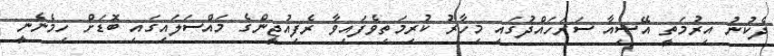
ދެކުނު އިރުމަތީ އޭޝިއާ ސަރަހައްދުގައި މިހާރު ކުރިމަތިވެފައިވާ ރެފިއުޖީންގެ މައްސަލައިގައި ބޮޑަށް ހިމެނެނީ